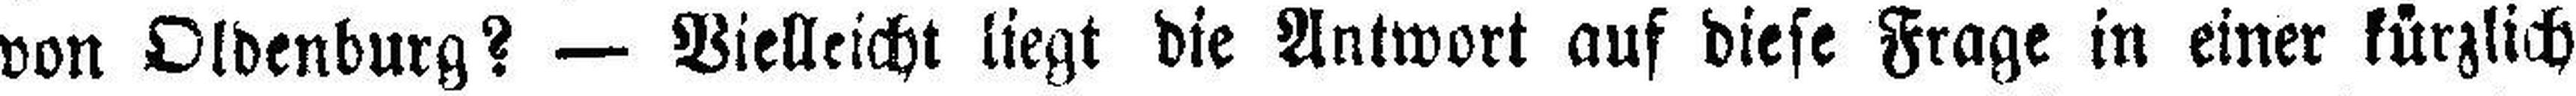
von Oldenburg? — Vielleicht liegt die Antwort auf diese Frage in einer kürzlich